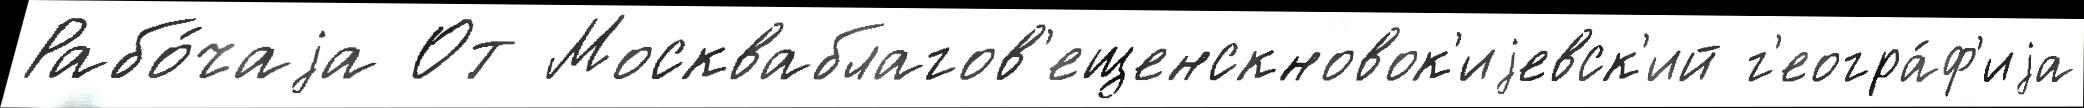
Рабо́чаjа От Москваблагов'ещенскновок'иjевск'ий г'еогра́ф'иjа